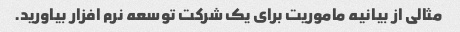
مثالی از بیانیه ماموریت برای یک شرکت توسعه نرم افزار بیاورید.